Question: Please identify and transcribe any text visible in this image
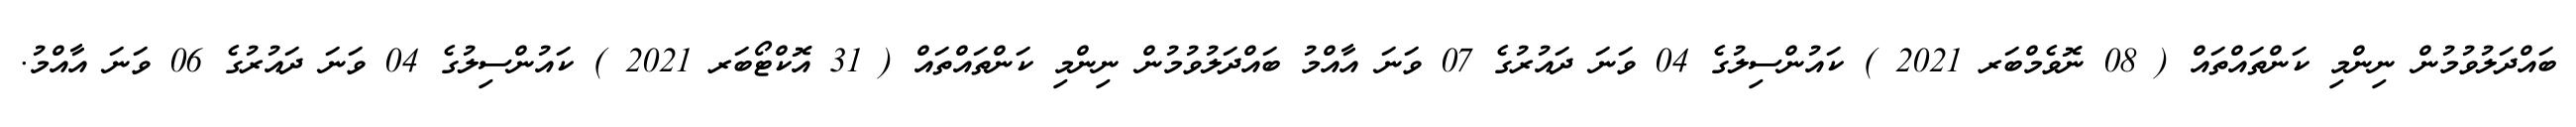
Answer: ބައްދަލުވުމުން ނިންމި ކަންތައްތައް ( 08 ނޮވެމްބަރ 2021 ) ކައުންސިލުގެ 04 ވަނަ ދައުރުގެ 07 ވަނަ އާއްމު ބައްދަލުވުމުން ނިންމި ކަންތައްތައް ( 31 އޮކްޓޯބަރ 2021 ) ކައުންސިލުގެ 04 ވަނަ ދައުރުގެ 06 ވަނަ އާއްމު.